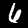
Label: 6